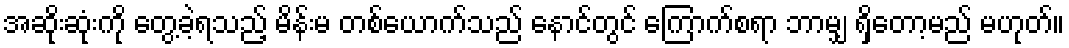
အဆိုးဆုံးကို တွေ့ခဲ့ရသည့် မိန်းမ တစ်ယောက်သည် နောင်တွင် ကြောက်စရာ ဘာမျှ ရှိတော့မည် မဟုတ်။